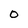
Character: 0